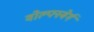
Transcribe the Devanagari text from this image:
वोल्फ्स्बेर्ग